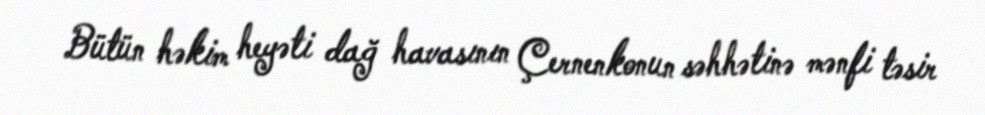
Bütün həkim heyəti dağ havasının Çernenkonun səhhətinə mənfi təsir